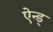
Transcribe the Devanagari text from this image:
ऐन्ड्